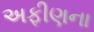
અફીણના